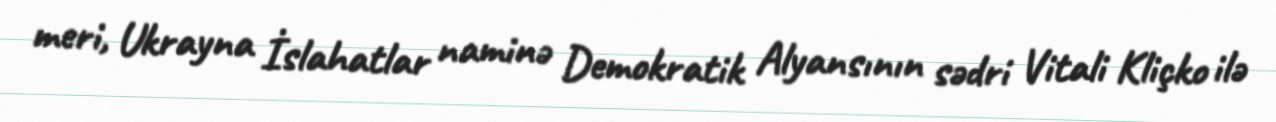
meri, Ukrayna İslahatlar naminə Demokratik Alyansının sədri Vitali Kliçko ilə